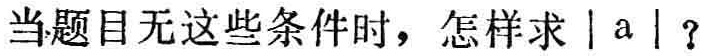
当题目无这些条件时，怎样求 \(|a|\)？